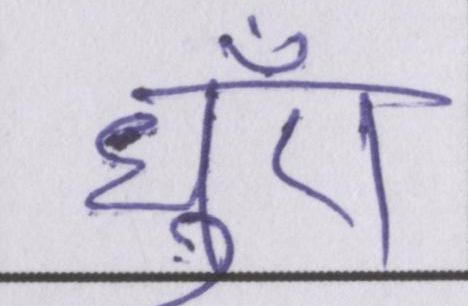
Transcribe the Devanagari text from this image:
धुँए